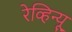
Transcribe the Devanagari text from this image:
रेव्हिन्यू